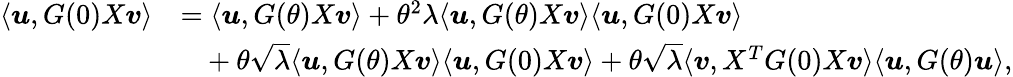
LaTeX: \begin{array}{rl}{\langle{\boldsymbol u},G(0)X{\boldsymbol v}\rangle}&{=\langle{\boldsymbol u},G(\theta)X{\boldsymbol v}\rangle+\theta^{2}\lambda\langle{\boldsymbol u},G(\theta)X{\boldsymbol v}\rangle\langle{\boldsymbol u},G(0)X{\boldsymbol v}\rangle}\\ &{~~~+\theta\sqrt{\lambda}\langle{\boldsymbol u},G(\theta)X{\boldsymbol v}\rangle\langle{\boldsymbol u},G(0)X{\boldsymbol v}\rangle+\theta\sqrt{\lambda}\langle{\boldsymbol v},X^{T}G(0)X{\boldsymbol v}\rangle\langle{\boldsymbol u},G(\theta){\boldsymbol u}\rangle,}\end{array}